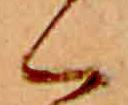
く